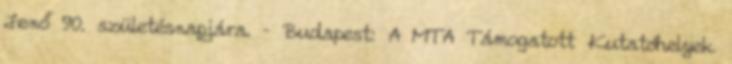
Jenő 90. születésnapjára. – Budapest: A MTA Támogatott Kutatóhelyek